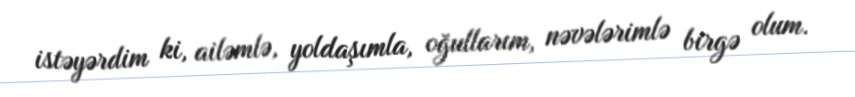
istəyərdim ki, ailəmlə, yoldaşımla, oğullarım, nəvələrimlə birgə olum.